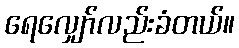
ရေလျှော်လည်းခံတယ်။